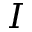
I